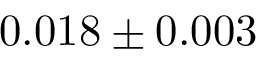
0 . 0 1 8 \pm 0 . 0 0 3